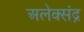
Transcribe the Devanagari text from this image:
अलेक्संद्र